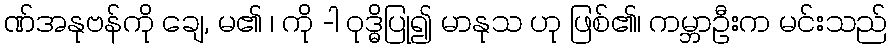
ဏ်အနုဗန်ကို ချေ, မ၏ ၊ ကို -ါ ဝုဒ္ဓိပြု၍ မာနုသ ဟု ဖြစ်၏၊ ကမ္ဘာဦးက မင်းသည်